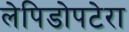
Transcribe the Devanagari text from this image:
लेपिडोपटेरा